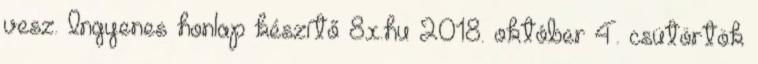
vesz. Ingyenes honlap készítő 8x.hu 2018. október 4. csütörtök